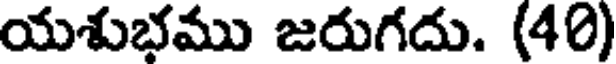
యశుభము జరుగదు. (40)